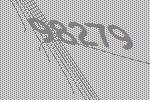
98279